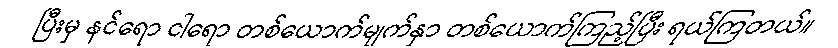
ပြီးမှ နင်ရော ငါရော တစ်ယောက်မျက်နှာ တစ်ယောက်ကြည့်ပြီး ရယ်ကြတယ်။